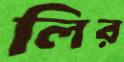
লির